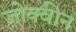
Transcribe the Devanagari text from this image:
जोक्वीन